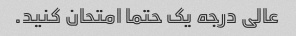
عالی درجه یک حتما امتحان کنید.